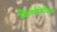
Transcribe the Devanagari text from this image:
स्कैण्डीनेवियन